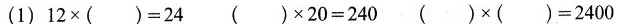
(1) $$1 2 \times ( ) = 2 4 $$ $$( ) \times 2 0 = 2 4 0$$ $$( ) \times ( ) = 2 4 0 0$$